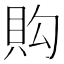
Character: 𧵈